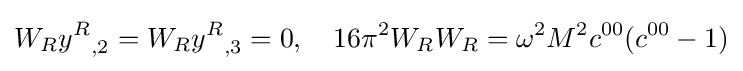
W_{R}{y^{R}}_{,2}=W_{R}{y^{R}}_{,3}=0,\ \ \ 16\pi ^{2}W_{R}W_{R}=\omega ^{2}M^{2}c^{00}(c^{00}-1)